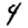
Digit: 4